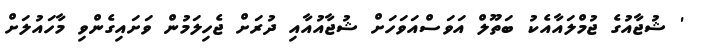
' ޝުޖާއުގެ ޖުމްލައާއެކު ބަތޫލް އަވަސްއަވަހަށް ޝުޖާއުއާއި ދުރަށް ޖެހިލަމުން ވަށައިގެންވި މާހައުލަށް